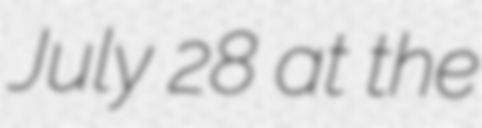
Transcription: July 28 at the